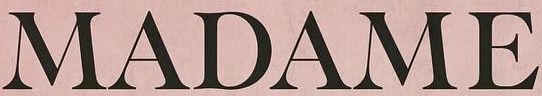
MADAME